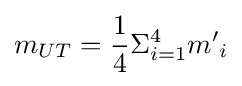
m_{UT}={\frac {1}{4}}\Sigma _{i=1}^{4}{m'}_{i}